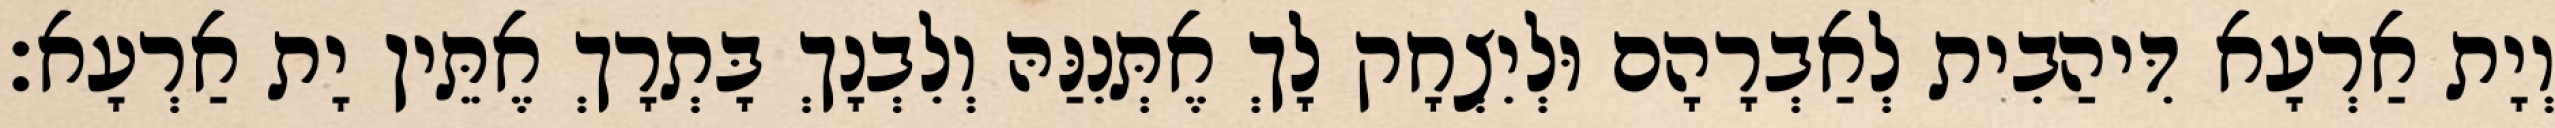
וְיָת אַרְעָא דִּיהַבִית לְאַבְרָהָם וּלְיִצְחָק לָךְ אֶתְּנִנַּהּ וְלִבְנָךְ בָּתְרָךְ אֶתֵּין יָת אַרְעָא׃